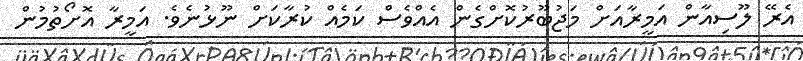
އެރޭ ލޫސިއާން އަމީރާއަށް މަޖުބޫރުކޮށްގެން އެއްވެސް ކަމެއް ކުރާކަށް ނޫޅުނެވެ. އަމީރާ އޮށޯތުމުން